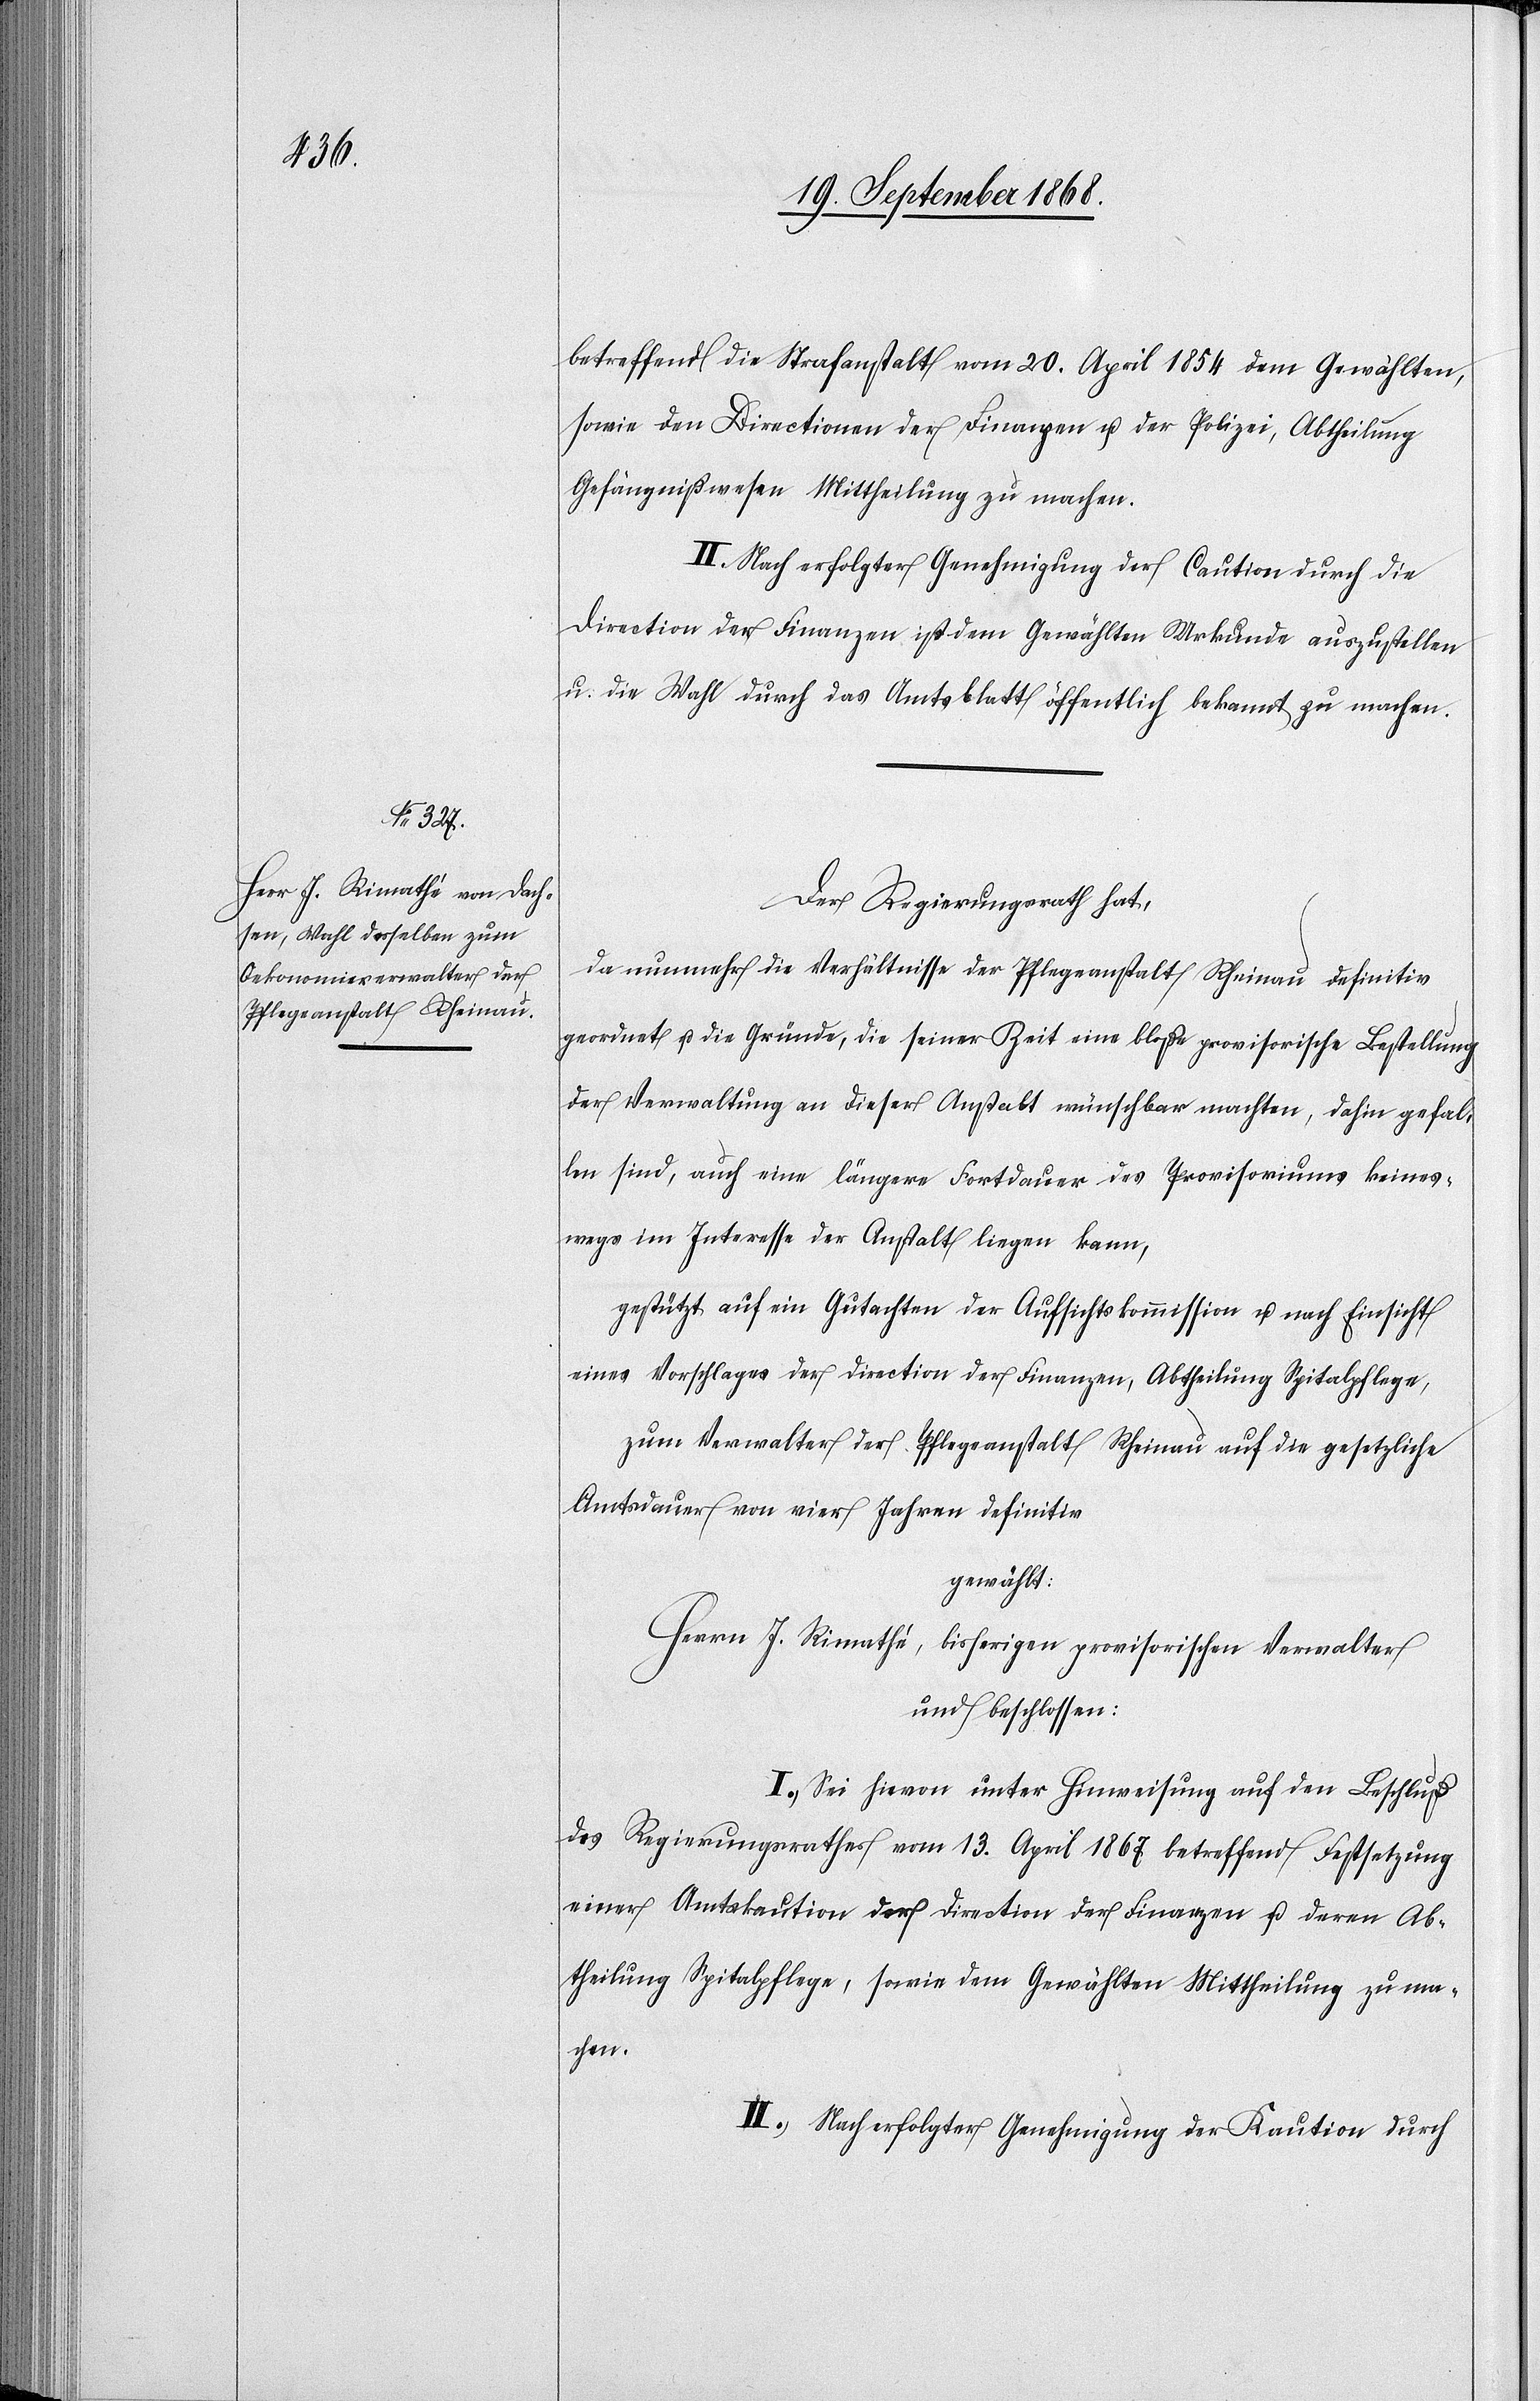
betreffend die Strafanstalt vom 20. April 1854 dem Gewählten,
sowie den Directionen der Finanzen u. der Polizei, Abtheilung
Gefängnißwesen Mittheilung zu machen.
II. Nach erfolgter Genehmigung der Caution durch die
Direction der Finanzen ist dem Gewählten Urkunde auszustellen
u: die Wahl durch das Amtsblatt öffentlich bekannt zu machen.
Der Regierungsrath hat,
da nunmehr die Verhältnisse der Pflegeanstalt Rheinau definitiv
geordnet u. die Gründe, die seiner Zeit eine bloße provisorische Bestellung
der Verwaltung an dieser Anstalt wünschbar machten, dahin gefal¬
len sind, auch eine längere Fortdauer des Provisoriums keines¬
wegs im Interesse der Anstalt liegen kann,
gestützt auf ein Gutachten der Aufsichtskommission u. nach Einsicht
eines Vorschlages der Direction der Finanzen, Abtheilung Spitalpflege,
zum Verwalter der Pflegeanstalt Rheinau auf die gesetzliche
Amtsdauer von vier Jahren definitiv
gewählt:
Herrn J. Rimathé, bisherigen provisorischen Verwalter
und beschlossen:
I.) Sei hievon unter Hinweisung auf den Beschluß
des Regierungsrathes vom 13. April 1867 betreffend Festsetzung
einer Amtskaution der Direction der Finanzen u. deren Ab¬
theilung Spitalpflege, sowie dem Gewählten Mittheilung zu ma¬
chen.
II.) Nach erfolgter Genehmigung der Kaution durch